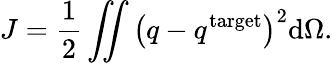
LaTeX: J=\frac{1}{2}\iint\left(q-q^{\mathrm{target}}\right)^{2}\mathrm d\Omega.